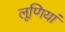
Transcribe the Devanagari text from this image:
लूणियां